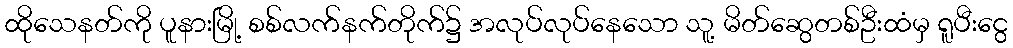
ထိုသေနတ်ကို ပူနားမြို့ စစ်လက်နက်တိုက်၌ အလုပ်လုပ်နေသော သူ့ မိတ်ဆွေတစ်ဦးထံမှ ရူပီးငွေ